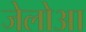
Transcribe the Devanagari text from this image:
जेलोआ